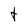
Character: t